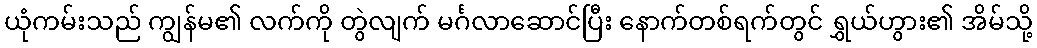
ယုံကမ်းသည် ကျွန်မ၏ လက်ကို တွဲလျက် မင်္ဂလာဆောင်ပြီး နောက်တစ်ရက်တွင် ရွှယ်ဟွား၏ အိမ်သို့